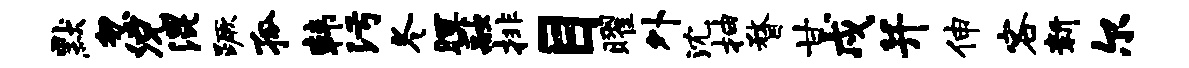
默忽况混蹶孤韩污冬暝融排目曜外沈抽瞀甘戍并伸客新尔